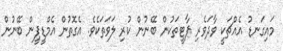
މައިގަނޑު އެއްޗަކީ ވާދަވެރި ޕާޓީތަކުން ބޭނުން ކުރި ލަވަތަކެވެ. އެގޮތުން އެމްޑީޕީން ބޭނުން